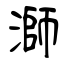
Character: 溮